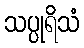
သပ္ပုရိသံ